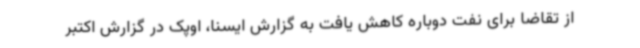
از تقاضا برای نفت دوباره کاهش یافت به گزارش ایسنا، اوپک در گزارش اکتبر